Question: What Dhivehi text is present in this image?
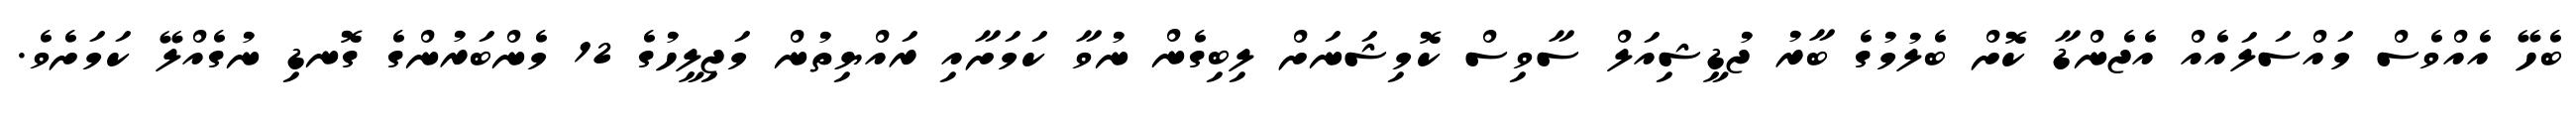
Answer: ބެހޭ އެއްވެސް މައްސަލައެއް އެޖެންޑާ ކޮށް ބެލުމުގެ ބާރު ޖުޑީޝިއަލް ސާވިސް ކޮމިޝަނަށް ލިބިގެން ނުވާ ކަމަށާއި ރައްޔިތުން މަޖިލީހުގެ 12 މެންބަރުންގެ ގޮނޑި ނުގެއްލޭ ކަމަށެވެ.